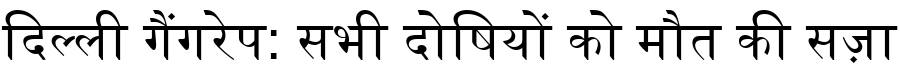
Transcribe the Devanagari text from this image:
दिल्ली गैंगरेप: सभी दोषियों को मौत की सज़ा